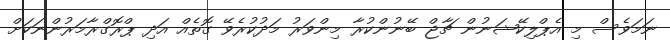
ނަމަވެސް މި އެޕްލިކޭޝަނުން ޗާޖް ބޭނުންކުރާ މިންވަރު މަދުކުރެވޭ ގޮތެއް އަދި ޕްރޮގްރާމަރުންނަކަށް